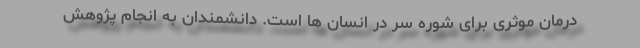
درمان موثری برای شوره سر در انسان ها است. دانشمندان به انجام پژوهش